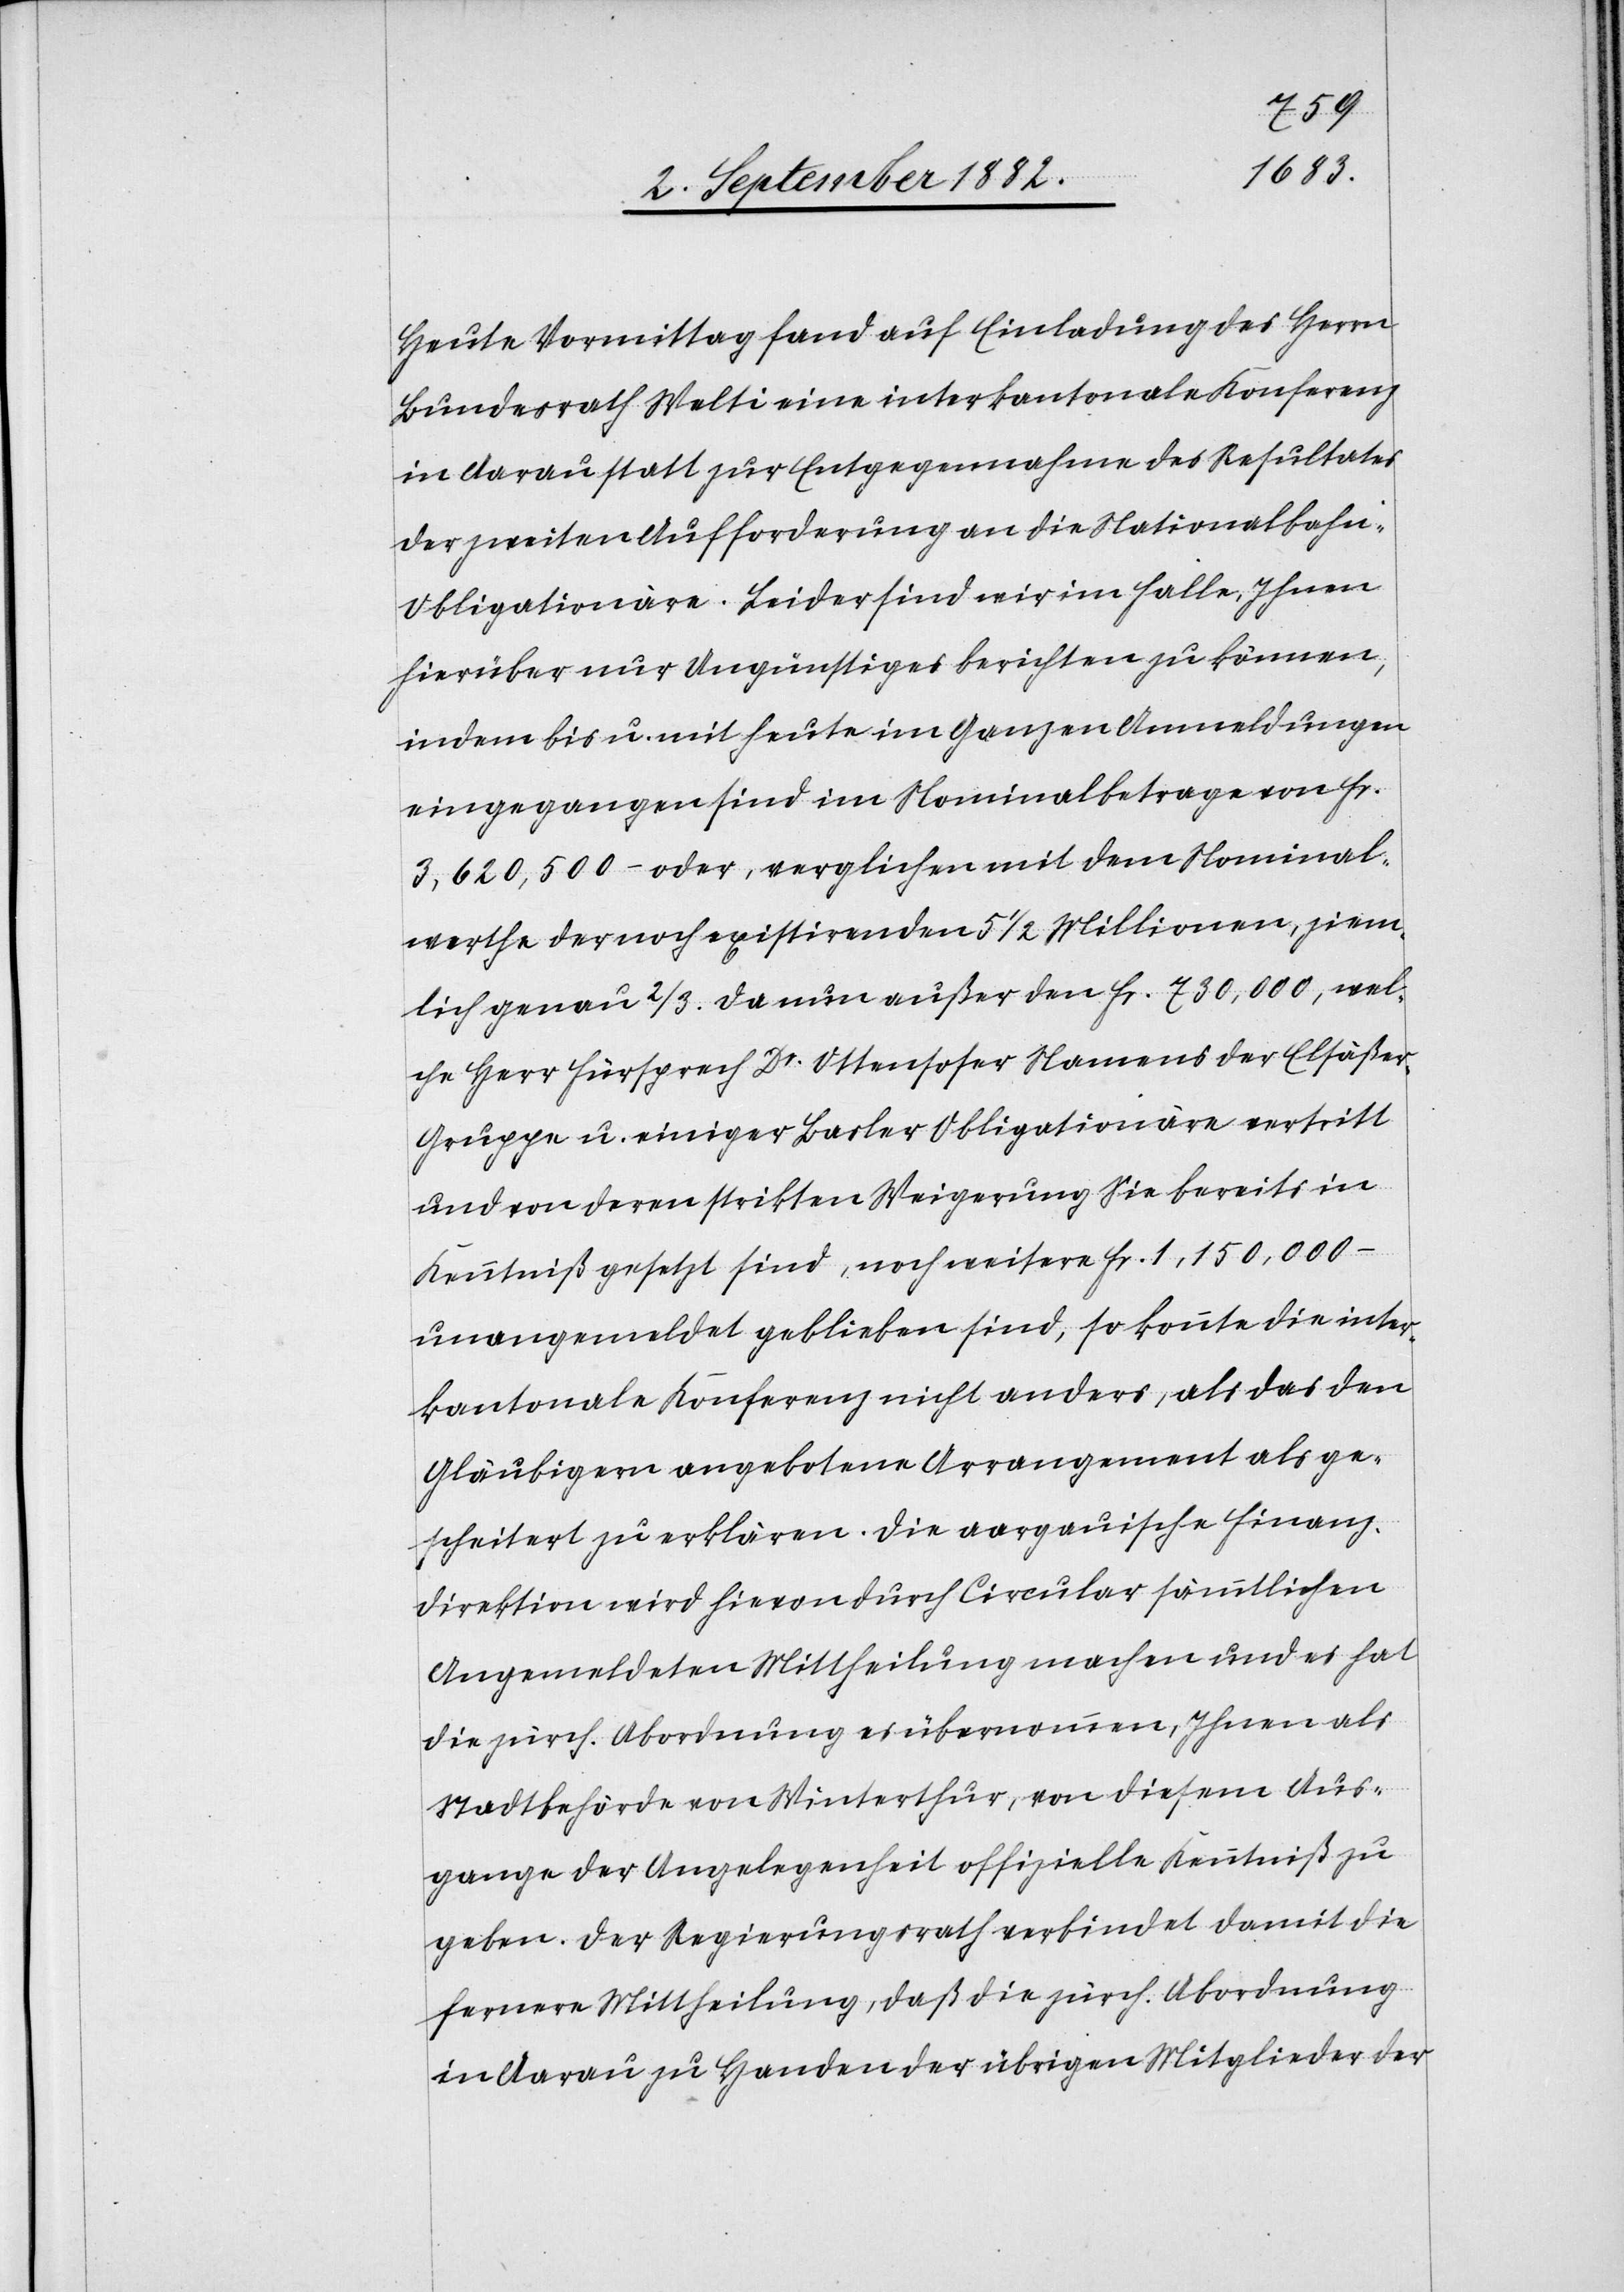
Heut Vormittag fand auf Einladung des Herrn
Bundesrath Welti eine interkantonale Konferenz
in Aarau statt zur Entgegennahme des Resultates
der zweiten Aufforderung an die Nationalbahn-O¬
bligationäre. Leider sind wir im Falle, Ihnen
hierüber nur Ungünstiges berichten zu können,
indem bis u. mit heute im Ganzen Anmeldungen
eingegangen sind im Nominalbetrage von Fr.
3,620,500 – oder, verglichen mit dem Nominal¬
werthe der noch existirenden 5 1/2 Millionen, ziem¬
lich genau 2/3. Da nun außer den Fr. 730,000, wel¬
che Herr Fürsprech Dr Ottenhofer Namens der Elsäße¬
r-Gruppe u. einiger Basler Obligationäre vertritt
und von deren strikten Weigerung Sie bereits in
Kenntniß gesetzt sind, noch weitere Fr. 1,150,000.–
unangemeldet geblieben sind, so konnte die inter¬
kantonale Konferenz nicht anders, als das den
Gläubigern angebotene Arrangement als ge¬
scheitert zu erklären. Die aargauische Finanz¬
direktion wird hievon durch Circular sämmtlichen
Angemeldeten Mittheilung machen und es hat
die zürch. Abordnung es übernommen, Ihnen als
Stadtbehörde von Winterthur, von diesem Aus¬
gange der Angelegenheit offizielle Kenntniß zu
geben. Der Regierungsrath verbindet damit die
fernere Mittheilung, daß die zürch. Abordnung
in Aarau zu Handen der übrigen Mitglieder der